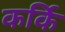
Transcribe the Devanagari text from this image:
कर्कि